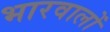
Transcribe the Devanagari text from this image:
भारवालों